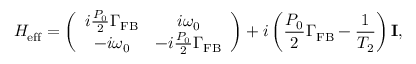
H _ { \mathrm { e f f } } = \left( \begin{array} { c c } { i \frac { P _ { 0 } } { 2 } \Gamma _ { \mathrm { F B } } } & { i \omega _ { 0 } } \\ { - i \omega _ { 0 } } & { - i \frac { P _ { 0 } } { 2 } \Gamma _ { \mathrm { F B } } } \end{array} \right) + i \left( \frac { P _ { 0 } } { 2 } \Gamma _ { \mathrm { F B } } - \frac { 1 } { T _ { 2 } } \right) \mathbf { I } ,